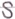
Text: S